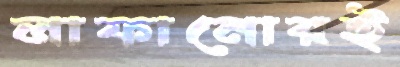
লাফানোরই